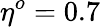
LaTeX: \eta^{o}=0.7